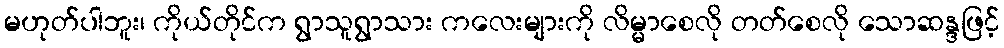
မဟုတ်ပါဘူး၊ ကိုယ်တိုင်က ရွာသူရွာသား ကလေးများကို လိမ္မာစေလို တတ်စေလို သောဆန္ဒဖြင့်